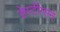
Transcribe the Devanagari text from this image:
हेस्टींग्सने